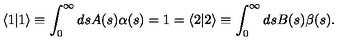
\langle 1 | 1 \rangle \equiv \int _ { 0 } ^ { \infty } d s A ( s ) \alpha ( s ) = 1 = \langle 2 | 2 \rangle \equiv \int _ { 0 } ^ { \infty } d s B ( s ) \beta ( s ) .